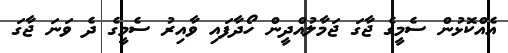
އެއްކޮޅުން ސެމީގެ ޖާގަ ޖަމާލުއްދީން ހޯދާފައި ވާއިރު ސެމީގެ ދެ ވަނަ ޖާގަ